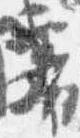
審